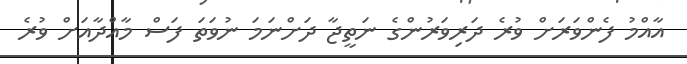
އާއްމު ފެންވަރަށް ވުރެ ދަރިވަރުންގެ ނަތީޖާ ދަށްނަމަ ނުވަތަ ފަސް މާއްދާއަށް ވުރެ